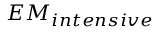
E M _ { i n t e n s i v e }